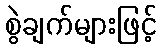
စွဲချက်များဖြင့်